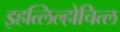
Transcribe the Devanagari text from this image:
इहत्लिल्होचित्ल